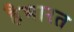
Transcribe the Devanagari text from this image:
हैभारत